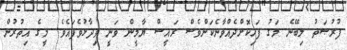
ފުރުޞަތު ލިބޭނެ މަގު ފަހިކޮށްދެއްވާނެކަންވެސް ރައީސް ޔާމީން ވަނީ ވިދާޅުވެފައެވެ. މީގެ އިތުރުން